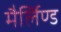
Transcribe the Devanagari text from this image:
मैर्लिण्ड